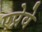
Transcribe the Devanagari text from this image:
एप्रेवे